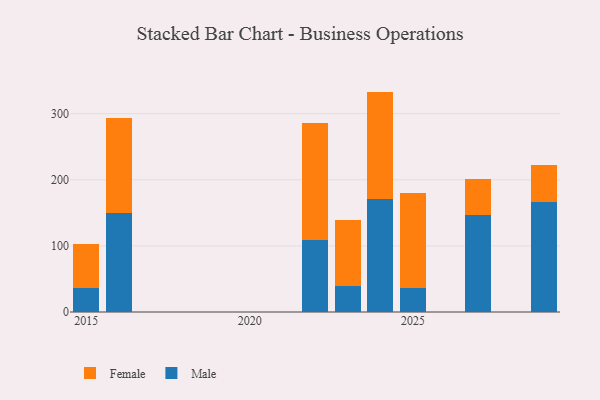
{"axis": {"x": "Year", "y": "Churn Rate (%)"}, "legend": ["Female", "Male"], "data": [{"x": "2023", "y": 39.1, "type": "Male"}, {"x": "2023", "y": 99.9, "type": "Female"}, {"x": "2027", "y": 147.1, "type": "Male"}, {"x": "2027", "y": 54.4, "type": "Female"}, {"x": "2029", "y": 167.0, "type": "Male"}, {"x": "2029", "y": 54.8, "type": "Female"}, {"x": "2025", "y": 36.1, "type": "Male"}, {"x": "2025", "y": 143.8, "type": "Female"}, {"x": "2022", "y": 108.8, "type": "Male"}, {"x": "2022", "y": 177.3, "type": "Female"}, {"x": "2015", "y": 36.5, "type": "Male"}, {"x": "2015", "y": 67.0, "type": "Female"}, {"x": "2016", "y": 150.0, "type": "Male"}, {"x": "2016", "y": 143.4, "type": "Female"}, {"x": "2024", "y": 170.7, "type": "Male"}, {"x": "2024", "y": 162.6, "type": "Female"}]}